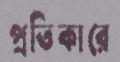
প্রতিকারে